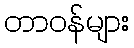
တာဝန်များ